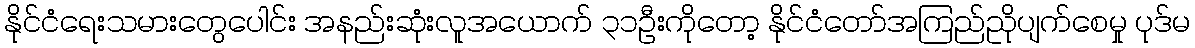
နိုင်ငံရေးသမားတွေပေါင်း အနည်းဆုံးလူအယောက် ၃၁ဦးကိုတော့ နိုင်ငံတော်အကြည်ညိုပျက်စေမှု ပုဒ်မ